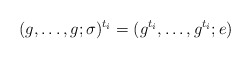
\begin{align*}(g, \ldots, g; \sigma)^{t_i} = (g^{t_i}, \ldots, g^{t_i}; e)\end{align*}